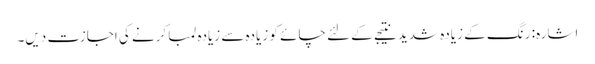
اشارہ: رنگ کے زیادہ شدید نتیجے کے لئے چائے کو زیادہ سے زیادہ لمبا کرنے کی اجازت دیں۔